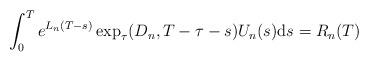
LaTeX: \begin{align*} \int_{0}^{T} e^{L_{n} (T - s)} \exp_{\tau}(D_{n}, T - \tau - s) U_{n}(s) \mathrm{d}s = R_{n}(T) \end{align*}